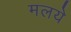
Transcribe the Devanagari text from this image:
मलये